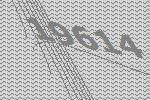
19614